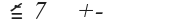
٧٧